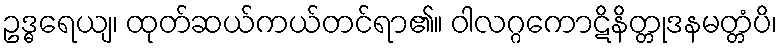
ဥဒ္ဓရေယျ၊ ထုတ်ဆယ်ကယ်တင်ရာ၏။ ဝါလဂ္ဂကောဋိနိတ္တုဒနမတ္တံပိ၊